Source: Handwritten
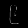
Digit: ၉ (9)